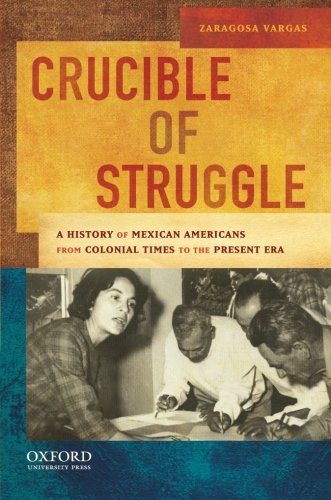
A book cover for Crucible of Struggle: A History of Mexican Americans from the Colonial Period to the Present Era (AAR Aids for the Study of Religion Series); Zaragosa Vargas; History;